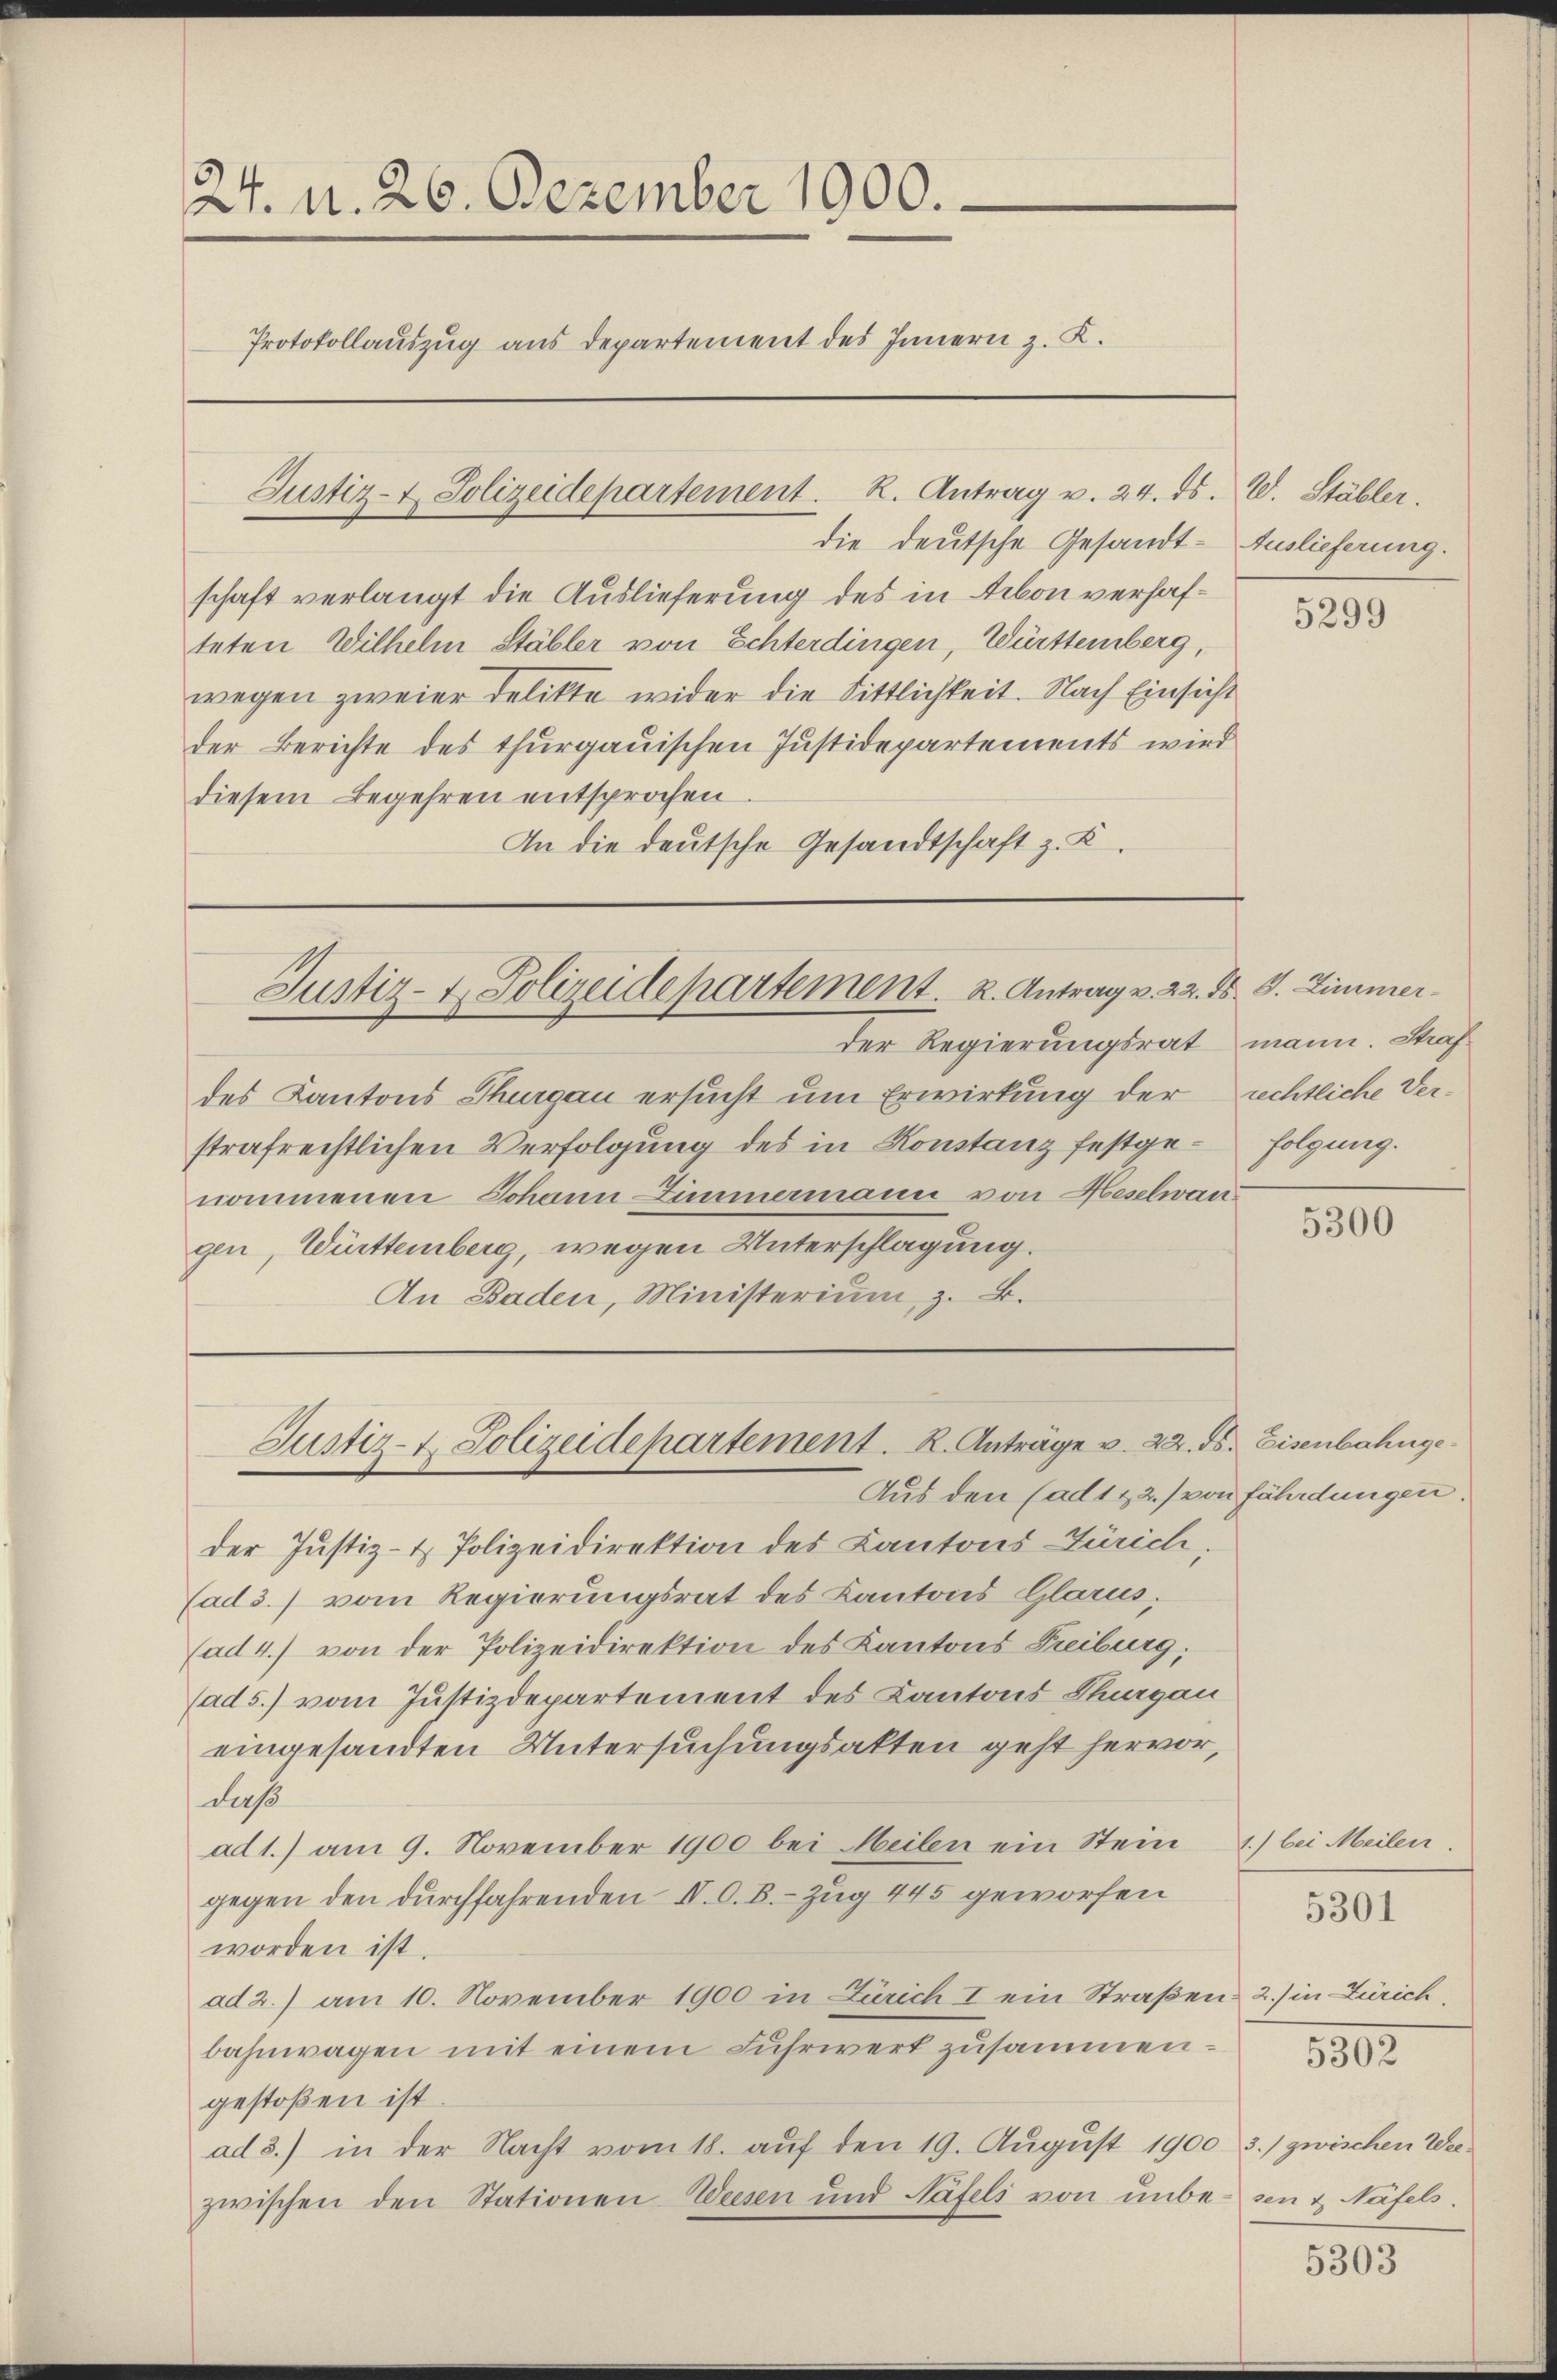
24. d. 26. Dezember 1900.
Protokollauszug aus Departement des Innern z. K.

schaft verlangt die Auslieferung des in Arbon verhafteten Wilhelm Stäbler von Echterdingen, Württemberg,
wegen zweier Delikte wider die Sittlichkeit. Nach Einsicht
der Berichte des thurgauischen Justidepartements wird
diesem Begehren entsprochen.
An die deutsche Gesandtschaft z. K.

Justiz- & Polizeidepartement. K. Antrag v. 24. ds. W. Stäbler.

die deutsche Gesandt- Auslieferung.

des Kantons Thurgau ersucht um Erwirkung der rechtliche Verstrafreistlichen Verfolgung des in Konstanz festgenommenen Johann Zimmermann von Heselwan
gen, Württemberg, wegen Unterschlagung.
An Baden, Ministerium, z. B.

Justiz- & Polizeidepartement. K. Antrag v. 22. ds. S. Zimmer

Aus den (ad 1. 2. von fährdungen.
der Justiz- & Polizeidirektion des Kantons Zürich,
(ad 3.) vom Regierungsrat des Kantons Glarus,
(ad 4.) von der Polizeidirektion des Kantons Freiburg.
(ad 5.) vom Justizdepartement des Kantons Sargau
eingesandten Untersuchungsakten geht hervor,
daß
ad 1.) am 9. November 1900 bei Heilen ein Stein 1) bei Meilen,
gegen den durchfahrenden II. O. B. - Zug 445 geworfen
worden ist.
ad 2.) am 10. November 1900 in Zürich I ein Straßen- 2.) in Zürich,
bahnwagen mit einem Fuhrwert zusammengestoßen ist.
ad 3.) in der Nacht vom 18. auf den 19. August 1900 3.) zwischen Weezwischen den Stationen Weesen und Näfels von unbe- sein & Näfels.

Justiz- & Polizeidepartement. R. Anträge v. 22. ds. Eisenbahnge

der Regierungsrat mann. Straf

5299

folgung.

5300

5301

5302

5303